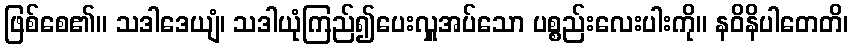
ဖြစ်စေ၏။ သဒါဒေယျံ၊ သဒါယုံကြည်၍ပေးလှူအပ်သော ပစ္စည်းလေးပါးကို။ နဝိနိပါတေတိ၊